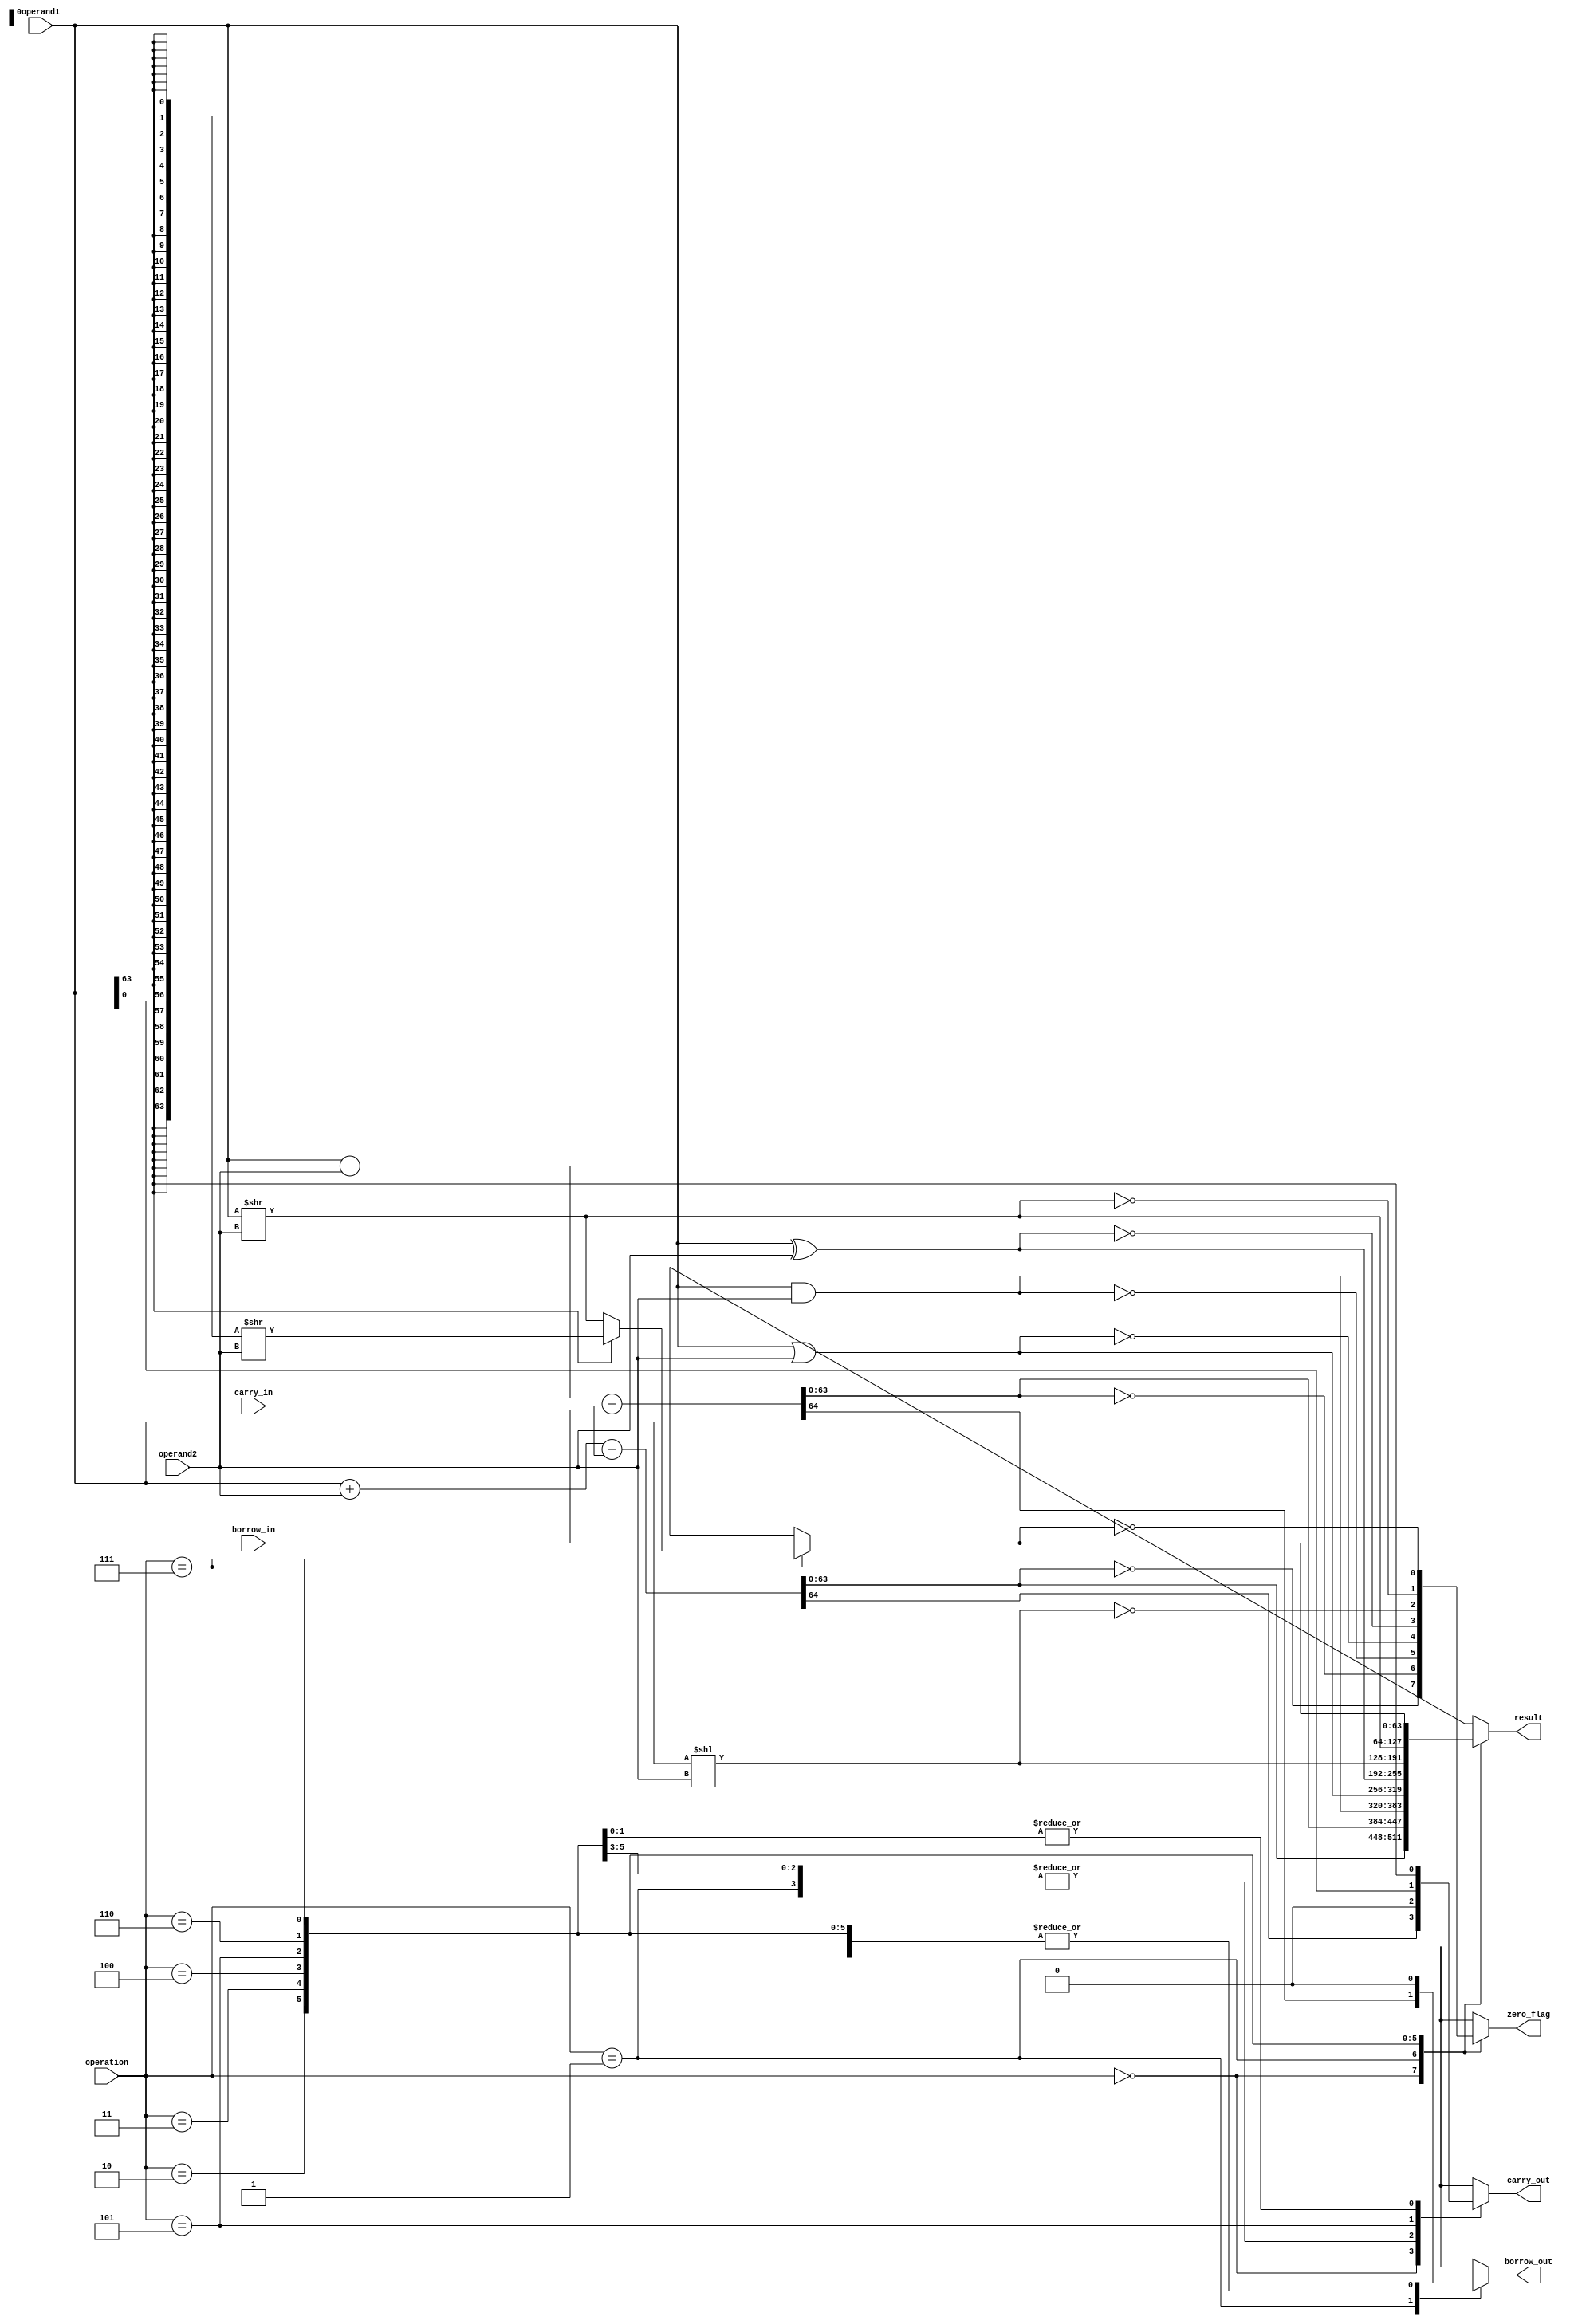
module ALU_64bit (
    input [63:0] operand1,
    input [63:0] operand2,
    input [2:0] operation,
    input carry_in,
    input borrow_in,
    output [63:0] result,
    output zero_flag,
    output carry_out,
    output borrow_out
);

reg [63:0] result;
reg zero_flag;
reg carry_out;
reg borrow_out;

always @(*)
begin
    case(operation)
        3'b000: begin // addition
            {carry_out, result} = operand1 + operand2 + carry_in;
            zero_flag = (result == 64'h0);
            borrow_out = 1'b0;
        end
        3'b001: begin // subtraction
            {borrow_out, result} = operand1 - operand2 - borrow_in;
            zero_flag = (result == 64'h0);
            carry_out = 1'b0;
        end
        3'b010: begin // AND
            result = operand1 & operand2;
            zero_flag = (result == 64'h0);
            carry_out = 1'b0;
            borrow_out = 1'b0;
        end
        3'b011: begin // OR
            result = operand1 | operand2;
            zero_flag = (result == 64'h0);
            carry_out = 1'b0;
            borrow_out = 1'b0;
        end
        3'b100: begin // XOR
            result = operand1 ^ operand2;
            zero_flag = (result == 64'h0);
            carry_out = 1'b0;
            borrow_out = 1'b0;
        end
        3'b101: begin // shift left
            result = operand1 << operand2;
            zero_flag = (result == 64'h0);
            carry_out = operand1[0];
            borrow_out = 1'b0;
        end
        3'b110: begin // shift right
            result = operand1 >> operand2;
            zero_flag = (result == 64'h0);
            carry_out = operand1[63];
            borrow_out = 1'b0;
        end
        3'b111: begin // logical/arithmetic right shift
            if(operand1[63] == 1'b0) begin // logical right shift
                result = operand1 >> operand2;
            end
            else begin // arithmetic right shift
                result = {64{operand1[63]}} >> operand2;
            end
            zero_flag = (result == 64'h0);
            carry_out = operand1[63];
            borrow_out = 1'b0;
        end
    endcase
end

endmodule